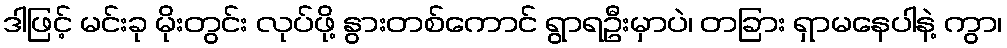
ဒါဖြင့် မင်းခု မိုးတွင်း လုပ်ဖို့ နွားတစ်ကောင် ရွာရဦးမှာပဲ၊ တခြား ရှာမနေပါနဲ့ ကွာ၊